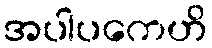
အပါပကေဟိ